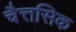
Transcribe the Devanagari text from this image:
चैत्तसिक